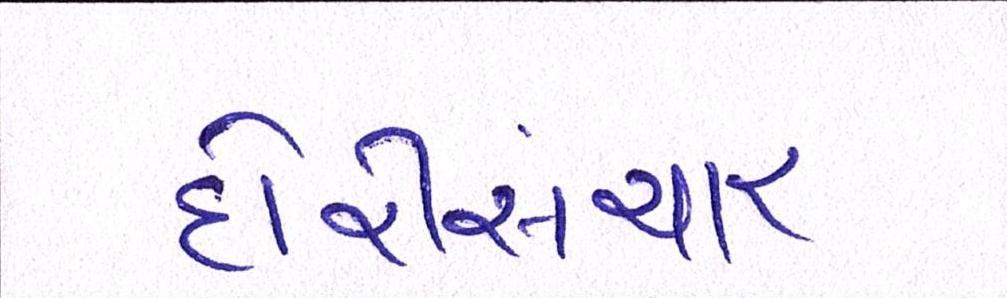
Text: દોરીસંચાર